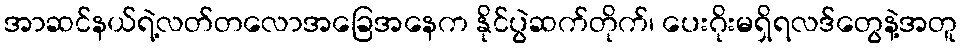
အာဆင်နယ်ရဲ့လတ်တလောအခြေအနေက နိုင်ပွဲဆက်တိုက်၊ ပေးဂိုးမရှိရလဒ်တွေနဲ့အတူ